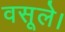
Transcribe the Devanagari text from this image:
वसूले।